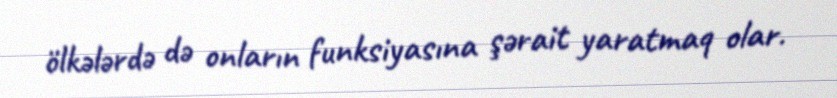
ölkələrdə də onların funksiyasına şərait yaratmaq olar.